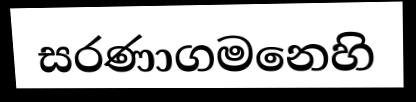
සරණාගමනෙහි